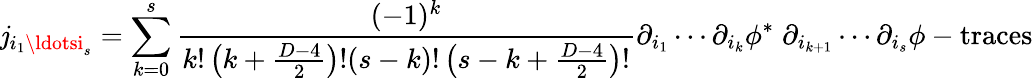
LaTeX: \mathit{j}_{i_{1}\ldotsi_{s}}=\sum_{k=0}^{s}{\frac{{(-1)^{k}}}{{k!\left(k+{\frac{{D-4}}{{2}}}\right)!(s-k)!\left(s-k+{\frac{{D-4}}{{2}}}\right)!}}}\partial_{i_{1}}\cdots\partial_{i_{k}}\phi^{*}\; \partial_{i_{k+1}}\cdots\partial_{i_{s}}\phi-\mathrm{{traces}}